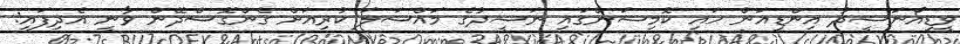
ވީޑިއޯނަޝީދު އިންޑިއަން ހައި ކޮމިޝަންގައި ނަޝީދުގެ މައްސަލަ ކުރިއަށް ގެންގޮސްދޭން ވާނީ އެދިފައި: